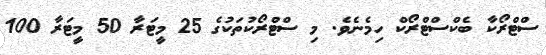
ސްޓްރޯކާ ބެކްސްޓްރޯކް ހިމެނެވެ. މި ސްޓްރޯކުތަކުގެ 25 މީޓަރާ 50 މީޓަރާ 100